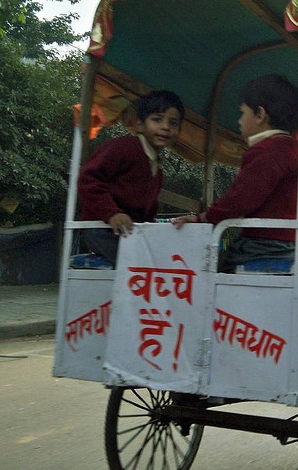
Language: hindi
Transcription: सावधान बच्चे सावधा